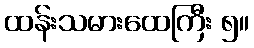
ထန်းသမားထေကြီး ၅။